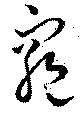
窮